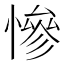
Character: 慘